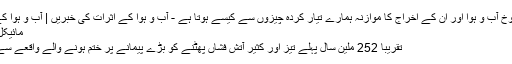
آتش فشاں اثر و رسوخ آب و ہوا اور ان کے اخراج کا موازنہ ہمارے تیار کردہ چیزوں سے کیسے ہوتا ہے - آب و ہوا کے اثرات کی خبریں | آب و ہوا کے اثرات کی خبریں
مائیکل پیٹرسن کی تحریر
تقریبا 252 ملین سال پہلے تیز اور کثیر آتش فشاں پھٹنے کو بڑے پیمانے پر ختم ہونے والے واقعے سے جوڑا جاسکتا ہے۔